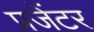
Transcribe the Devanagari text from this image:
प्रजेंटर